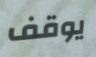
يوقف